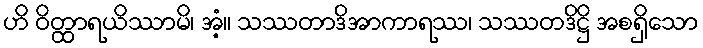
ဟိ ဝိတ္ထာရယိဿာမိ၊ အံ့။ သဿတာဒိအာကာရဿ၊ သဿတဒိဋ္ဌိ အစရှိသော